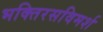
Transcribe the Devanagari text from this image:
भक्तिरसविमर्श